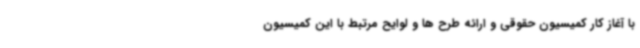
با آغاز کار کمیسیون حقوقی و ارائه طرح ها و لوایح مرتبط با این کمیسیون